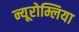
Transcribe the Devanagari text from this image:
न्यूरोम्लिया